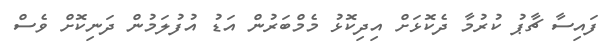
ފައިސާ ޗާޕު ކުރުމާ ދެކޮޅަށް އިދިކޮޅު މެމްބަރުން އަޑު އުފުލަމުން ދަނިކޮށް ވެސް